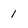
Character: 1